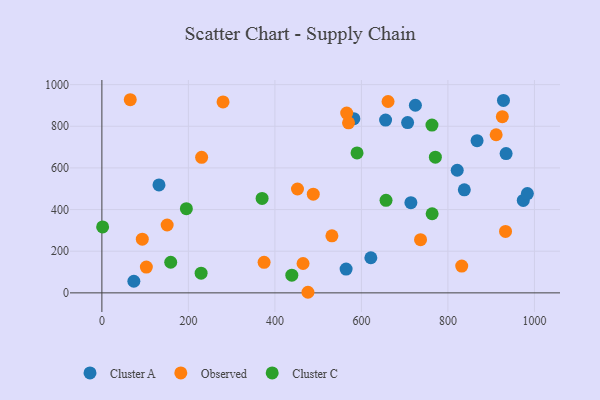
{"axis": {"x": "Engine Size", "y": "Fuel Efficiency"}, "legend": ["Cluster A", "Cluster C", "Observed"], "data": [{"x": "714.4", "y": 433.3, "type": "Cluster A"}, {"x": "132.0", "y": 518.3, "type": "Cluster A"}, {"x": "706.8", "y": 818.0, "type": "Cluster A"}, {"x": "73.9", "y": 55.7, "type": "Cluster A"}, {"x": "934.5", "y": 669.0, "type": "Cluster A"}, {"x": "724.8", "y": 900.9, "type": "Cluster A"}, {"x": "928.4", "y": 924.0, "type": "Cluster A"}, {"x": "837.9", "y": 494.9, "type": "Cluster A"}, {"x": "974.2", "y": 443.8, "type": "Cluster A"}, {"x": "983.7", "y": 476.6, "type": "Cluster A"}, {"x": "867.4", "y": 730.9, "type": "Cluster A"}, {"x": "621.8", "y": 168.5, "type": "Cluster A"}, {"x": "582.5", "y": 836.5, "type": "Cluster A"}, {"x": "655.9", "y": 829.6, "type": "Cluster A"}, {"x": "564.6", "y": 114.3, "type": "Cluster A"}, {"x": "821.5", "y": 588.9, "type": "Cluster A"}, {"x": "661.6", "y": 918.9, "type": "Observed"}, {"x": "925.8", "y": 846.2, "type": "Observed"}, {"x": "375.0", "y": 146.7, "type": "Observed"}, {"x": "465.1", "y": 141.1, "type": "Observed"}, {"x": "488.7", "y": 474.1, "type": "Observed"}, {"x": "476.4", "y": 2.8, "type": "Observed"}, {"x": "452.2", "y": 498.7, "type": "Observed"}, {"x": "230.6", "y": 651.1, "type": "Observed"}, {"x": "102.8", "y": 124.0, "type": "Observed"}, {"x": "570.2", "y": 816.7, "type": "Observed"}, {"x": "566.0", "y": 863.2, "type": "Observed"}, {"x": "736.7", "y": 255.3, "type": "Observed"}, {"x": "65.6", "y": 927.5, "type": "Observed"}, {"x": "93.4", "y": 257.8, "type": "Observed"}, {"x": "933.2", "y": 295.0, "type": "Observed"}, {"x": "280.1", "y": 916.8, "type": "Observed"}, {"x": "150.9", "y": 325.9, "type": "Observed"}, {"x": "911.5", "y": 759.4, "type": "Observed"}, {"x": "531.8", "y": 274.1, "type": "Observed"}, {"x": "831.9", "y": 128.4, "type": "Observed"}, {"x": "195.3", "y": 404.5, "type": "Cluster C"}, {"x": "159.1", "y": 147.1, "type": "Cluster C"}, {"x": "763.5", "y": 380.0, "type": "Cluster C"}, {"x": "439.1", "y": 84.8, "type": "Cluster C"}, {"x": "763.1", "y": 805.9, "type": "Cluster C"}, {"x": "370.4", "y": 453.3, "type": "Cluster C"}, {"x": "656.9", "y": 444.2, "type": "Cluster C"}, {"x": "229.4", "y": 94.6, "type": "Cluster C"}, {"x": "1.7", "y": 316.6, "type": "Cluster C"}, {"x": "589.9", "y": 672.0, "type": "Cluster C"}, {"x": "771.0", "y": 651.5, "type": "Cluster C"}]}